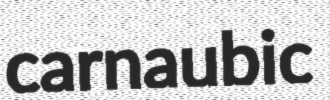
carnaubic